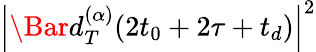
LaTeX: \left|\Bar{d}_{T}^{(\alpha)}(2t_{0}+2\tau+t_{d})\right|^{2}